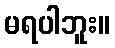
မရပါဘူး။